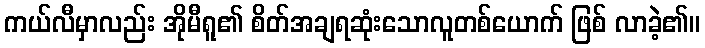
ကယ်လီမှာလည်း အိုမီရူ၏ စိတ်အချရဆုံးသောလူတစ်ယောက် ဖြစ် လာခဲ့၏။